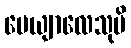
ပေယျာလေသုပိ